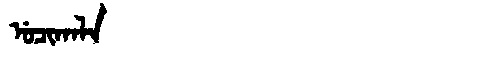
Manchu: ᡠᠴᡳᡴᠠᠯᠠ
Romanization: UCIKALA